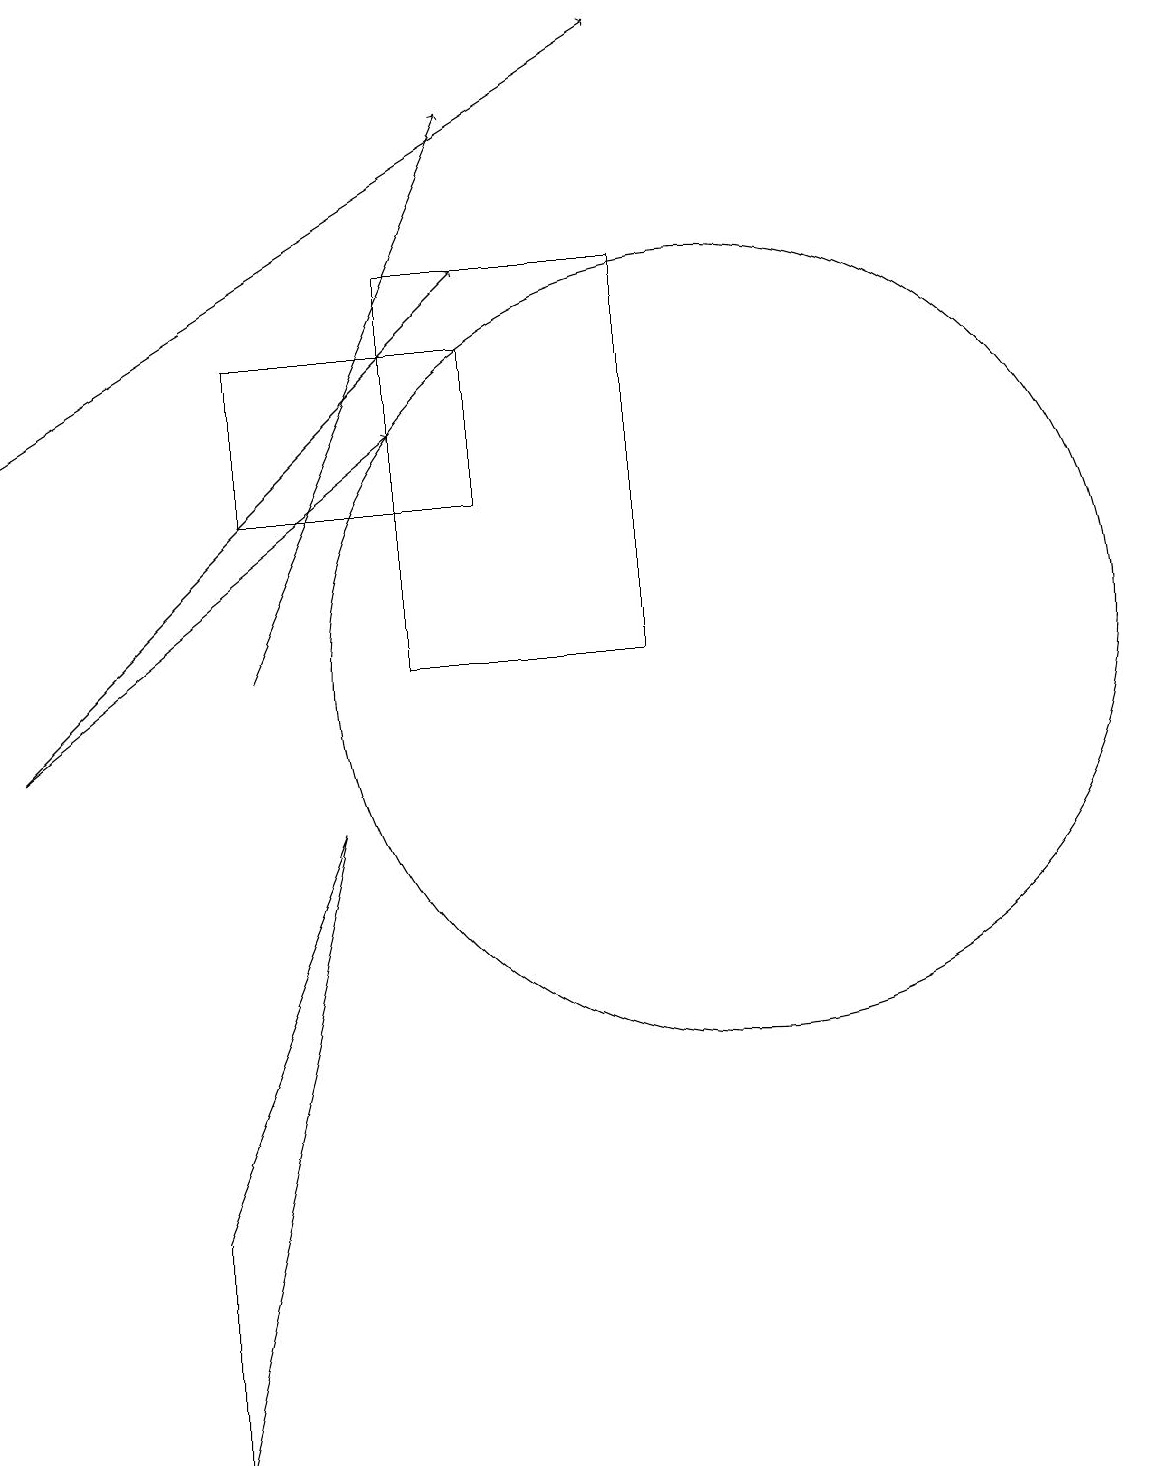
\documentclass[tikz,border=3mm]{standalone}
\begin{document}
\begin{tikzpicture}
\draw[->] (4,11) -- (7,18);
\draw (5,9) -- (3,1) -- (3,4) -- cycle;
\draw[->] (1,10) -- (6,14);
\draw (4,13) rectangle (7,15);
\draw[->] (1,10) -- (7,16);
\draw (10,11) circle (5);
\draw[->] (1,14) -- (9,19);
\draw (6,16) rectangle (9,11);
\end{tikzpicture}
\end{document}